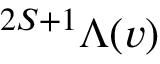
^ { 2 S + 1 } \Lambda ( v )